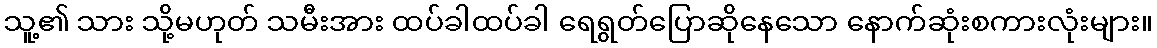
သူ့၏ သား သို့မဟုတ် သမီးအား ထပ်ခါထပ်ခါ ရေရွတ်ပြောဆိုနေသော နောက်ဆုံးစကားလုံးများ။